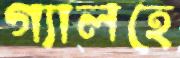
গ্যালহে